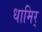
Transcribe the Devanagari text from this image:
धामिर्